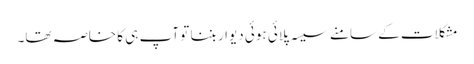
مشکلات کے سامنے سیسہ پلائی ہوئی دیوار بننا تو آپ ہی کا خاصہ تھا۔